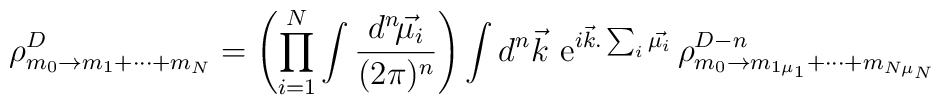
\rho^{D}_{m_0\rightarrow m_{1}+\cdots +m_{N}}= \left(\prod_{i=1}^N\int\frac{d^n\!\vec{\mu_i}}{(2\pi)^n}\right) \int d^n\vec{k}\,\,{\rm e}^{i\vec{k}.\sum_i\vec{\mu_i}}  \, \rho^{D-n}_{m_0\rightarrow m_{1\mu_1}+\cdots +m_{N\mu_N}}